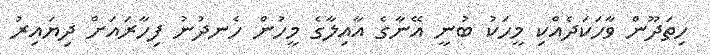
ހިތަދޫން ވާހަކަދެއްކި މީހަކު ބުނީ އޭނާގެ އާއިލާގެ މީހުން ހެނދުނު ފިހާރައަށް ދިޔައިރު